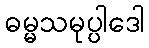
ဓမ္မသမုပ္ပါဒေါ